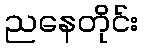
ညနေတိုင်း